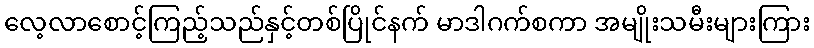
လေ့လာစောင့်ကြည့်သည်နှင့်တစ်ပြိုင်နက် မာဒါဂက်စကာ အမျိုးသမီးများကြား